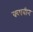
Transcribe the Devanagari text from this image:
क्वाबीन